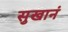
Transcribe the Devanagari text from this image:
सुखानं